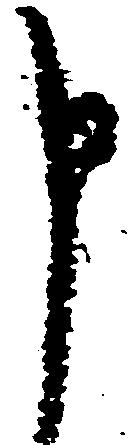
申